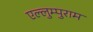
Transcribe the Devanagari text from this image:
एल्लुम्पुराम